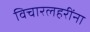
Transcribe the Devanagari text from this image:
विचारलहरींना